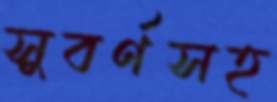
সুবর্ণসহ